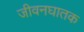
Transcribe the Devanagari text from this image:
जीवनघातक